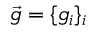
\vec { g } = \{ g _ { i } \} _ { i }